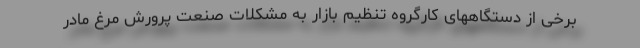
برخی از دستگاههای کارگروه تنظیم بازار به مشکلات صنعت پرورش مرغ مادر